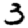
Digit: 3